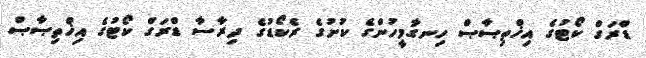
ޑްރަގް ކޯޓުގެ އިޚްތިޞާޞް ހިނގާމީހުންގެ ކުށުގެ ރެކޯޑުގެ ދިރާސާ ޑްރަގް ކޯޓުގެ އިޚްތިޞާޞް